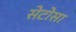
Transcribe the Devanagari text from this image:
सेटोसा